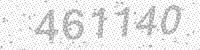
Solution: 461140